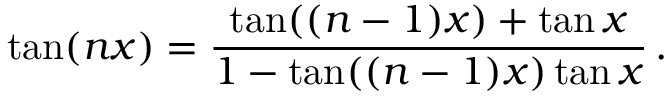
\tan ( n x ) = { \frac { \tan ( ( n - 1 ) x ) + \tan x } { 1 - \tan ( ( n - 1 ) x ) \tan x } } \, .